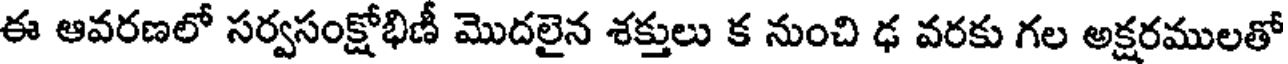
ఈ ఆవరణలో సర్వసంక్షోభిణీ మొదలైన శక్తులు క నుంచి ఢ వరకు గల అక్షరములతో